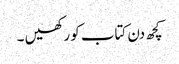
کچھ دن کتاب کو رکھیں ۔